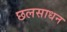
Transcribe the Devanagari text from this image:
छलसाधन